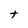
Character: t